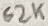
Text: 62K